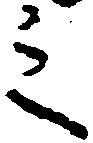
之